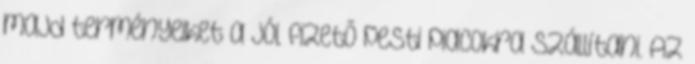
majd terményeiket a jól fizetõ pesti piacokra szállítani. Az